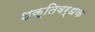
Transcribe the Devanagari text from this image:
शक्‍तिवर्धक